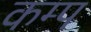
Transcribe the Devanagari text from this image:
कम्‍प